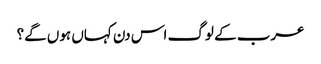
عرب کے لوگ اس دن کہاں ہوں گے؟